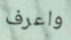
واعرف